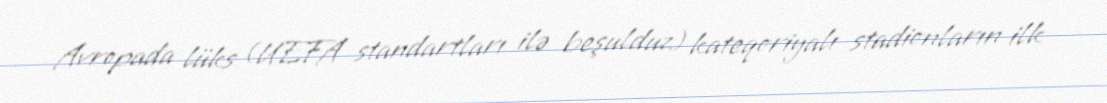
Avropada lüks (UEFA standartları ilə beşulduz) kateqoriyalı stadionların ilk